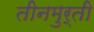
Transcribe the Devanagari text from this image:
तीनमुर्ती